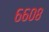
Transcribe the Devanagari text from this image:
६६०८